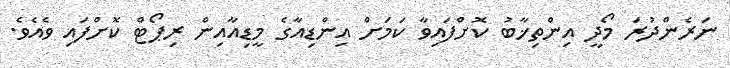
ނަރެންދުރަ މޯދީ އިންތިޚާބު ކޮށްފައިވާ ކަމަށް އިންޑިއާގެ މީޑިއާއިން ރިޕޯޓް ކޮށްފައި ވެއެވެ.